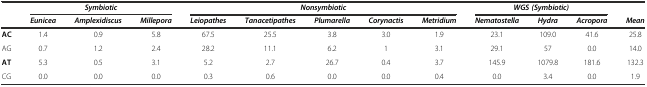
<table><thead><tr><td></td><td colspan="3"><b><i>Symbiotic</i></b></td><td colspan="5"><b><i>Nonsymbiotic</i></b></td><td colspan="3"><b><i>WGS (Symbiotic)</i></b></td><td></td></tr><tr><td></td><td><b><i>Eunicea</i></b></td><td><b><i>Amplexidiscus</i></b></td><td><b><i>Millepora</i></b></td><td><b><i>Leiopathes</i></b></td><td><b><i>Tanacetipathes</i></b></td><td><b><i>Plumarella</i></b></td><td><b><i>Corynactis</i></b></td><td><b><i>Metridium</i></b></td><td><b><i>Nematostella</i></b></td><td><b><i>Hydra</i></b></td><td><b><i>Acropora</i></b></td><td><b><i>Mean</i></b></td></tr></thead><tbody><tr><td><b>AC</b></td><td>1.4</td><td>0.9</td><td>5.8</td><td>67.5</td><td>25.5</td><td>3.8</td><td>3.0</td><td>1.9</td><td>23.1</td><td>109.0</td><td>41.6</td><td>25.8</td></tr><tr><td>AG</td><td>0.7</td><td>1.2</td><td>2.4</td><td>28.2</td><td>11.1</td><td>6.2</td><td>1</td><td>3.1</td><td>29.1</td><td>57</td><td>0.0</td><td>14.0</td></tr><tr><td><b>AT</b></td><td>5.3</td><td>0.5</td><td>3.1</td><td>5.2</td><td>2.7</td><td>26.7</td><td>0.4</td><td>3.7</td><td>145.9</td><td>1079.8</td><td>181.6</td><td>132.3</td></tr><tr><td>CG</td><td>0.0</td><td>0.0</td><td>0.0</td><td>0.3</td><td>0.6</td><td>0.0</td><td>0.0</td><td>0.4</td><td>0.0</td><td>3.4</td><td>0.0</td><td>1.9</td></tr></tbody></table>